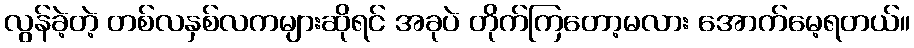
လွန်ခဲ့တဲ့ တစ်လနှစ်လကများဆိုရင် အခုပဲ တိုက်ကြတော့မလား အောက်မေ့ရတယ်။